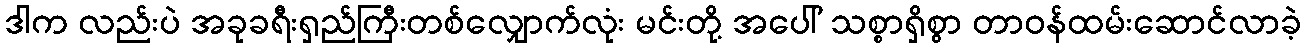
ဒါက လည်းပဲ အခုခရီးရှည်ကြီးတစ်လျှောက်လုံး မင်းတို့ အပေါ် သစ္စာရှိစွာ တာဝန်ထမ်းဆောင်လာခဲ့